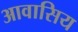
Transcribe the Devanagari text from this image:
आवासिय